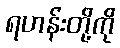
ရဟန်းတို့ကို